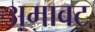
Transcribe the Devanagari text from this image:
अमावट